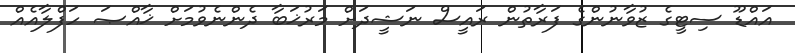
އައްޑޫ ސިޓީގެ ޒުވާނުންގެ ފަރާތުން ރައީސް ނަޝީދަށް މަރުޚަބާ ދެންނެވުމަށް ޚާއްޞަ ހަފްލާއެއް